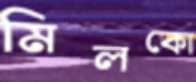
মিলকো